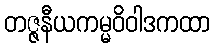
တဇ္ဇနီယကမ္မဝိဝါဒကထာ